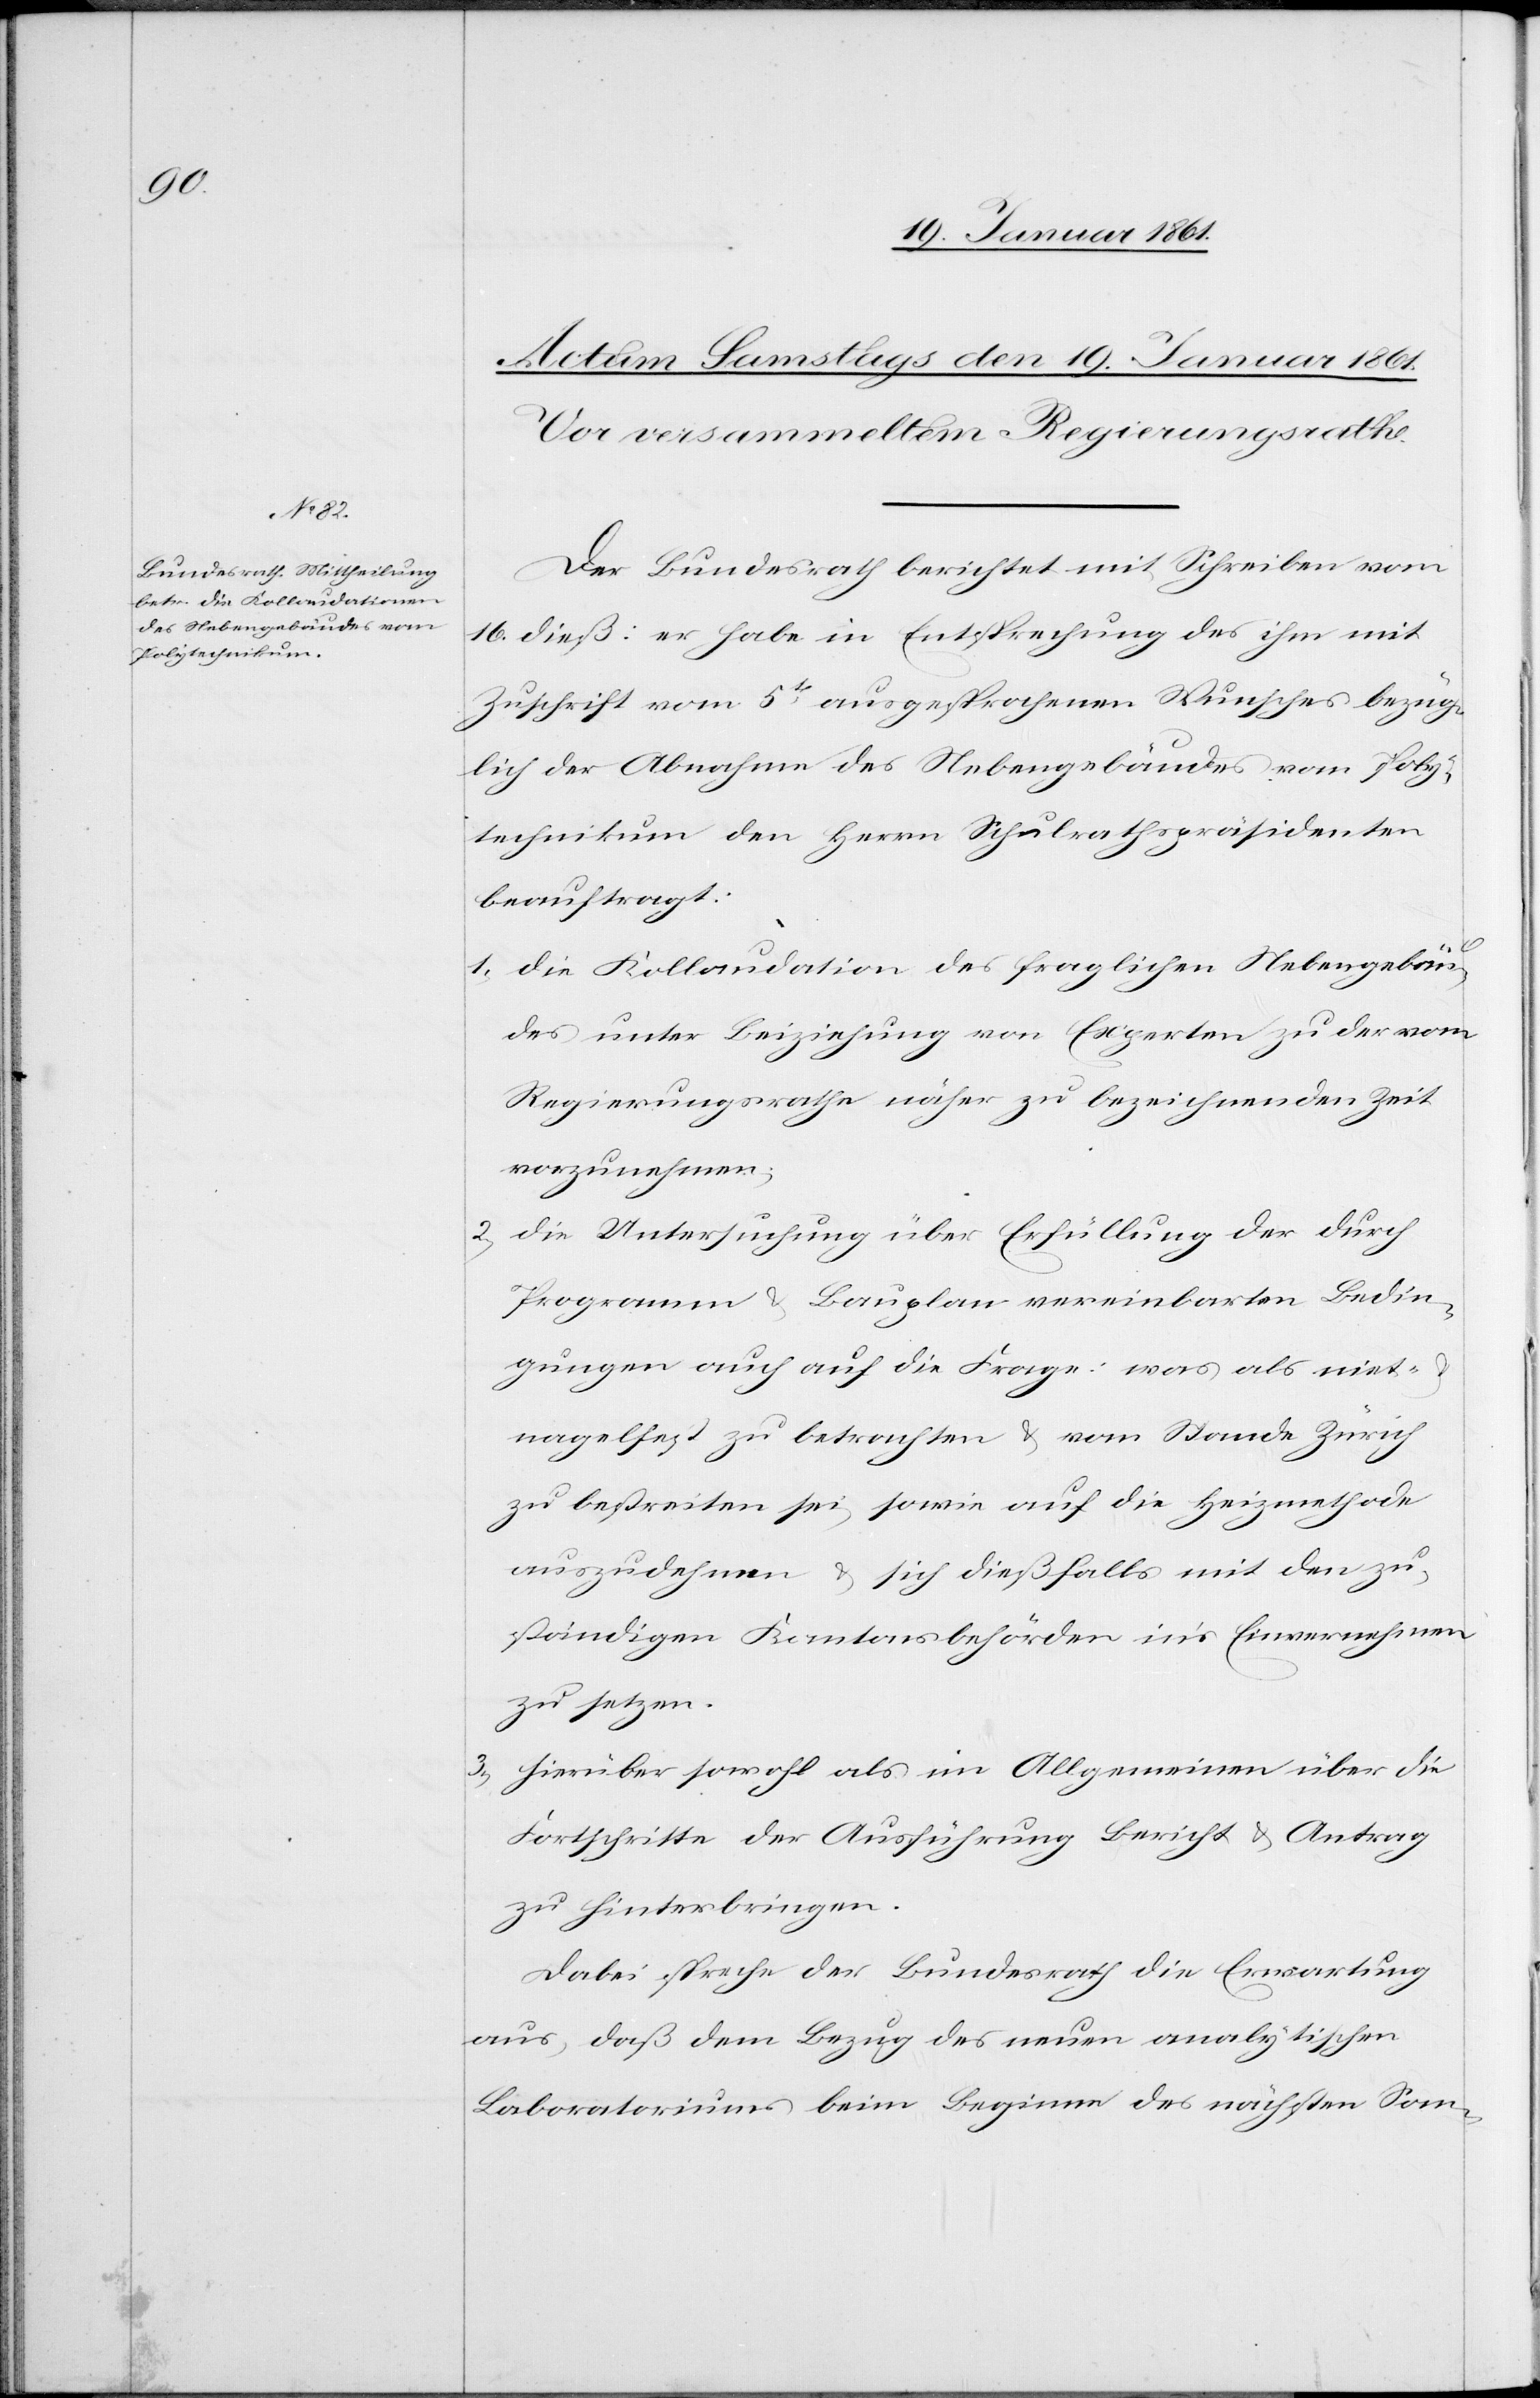
Der Bundesrath berichtet mit Schreiben vom
16. dieß: er habe in Entsprechung des ihm mit
Zuschrift vom 5t ausgesprochenen Wunsches bezüg¬
lich der Abnahme des Nebengebäudes vom Poly¬
technikum den Herrn Schulrathspräsidenten
beauftragt:
1)
Die Kollaudation des fraglichen Nebengebäu¬
des unter Beiziehung von Experten zu der vom
Regierungsrathe näher zu bezeichnenden Zeit
vorzunehmen;
Die Untersuchung über Erfüllung der durch
Programm u. Bauplan vereinbarten Bedin¬
gungen auch auf die Frage: was als niet-
nagelfest zu betrachten u. vom Stande Zürich
zu bestreiten sei, sowie auf die Heizmethode
auszudehnen u. sich dießfalls mit den zu¬
ständigen Kantonsbehörden in’s Einvernehmen
zu setzen.
3) Hierüber sowohl als im Allgemeinen über die
Fortschritte der Ausführung Bericht u. Antrag
zu hinterbringen.
Dabei spreche der Bundesrath die Erwartung
aus, daß dem Bezug des neuen analytischen
Laboratoriums beim Beginn des nächsten Som-